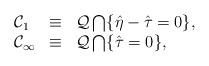
LaTeX: \begin{align*}\begin{array}{lcl} {\cal C}_{1} & \equiv & {\cal Q} \bigcap \{ \hat{\eta} - \hat{\tau} = 0 \}, \\ {\cal C}_{\infty} & \equiv & {\cal Q} \bigcap \{ \hat{\tau} = 0 \}, \end{array}\end{align*}